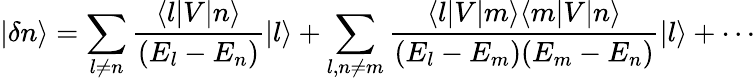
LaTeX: |\delta n\rangle=\sum_{l\neq n}{\frac{\langle l|V|n\rangle}{(E_{l}-E_{n})}}|l\rangle+\sum_{l,n\neq m}{\frac{\langle l|V|m\rangle\langle m|V|n\rangle}{(E_{l}-E_{m})(E_{m}-E_{n})}}|l\rangle+\cdots